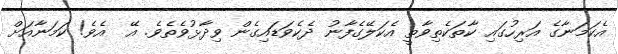
އެކަމަނާގެ އަރިހުގައި ކާތަކެތިވާތީ އެކަލޭގެފާނު ދެކެވަޑައިގެން ވިދާޅުވެތެވެ. އޭ  އެވެ! ކަމަނާއަށް